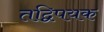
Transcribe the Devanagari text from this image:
तद्विपयक